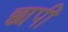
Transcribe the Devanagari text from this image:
छापीं